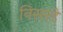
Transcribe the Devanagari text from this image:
निसरडे